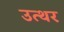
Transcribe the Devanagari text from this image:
उत्थर